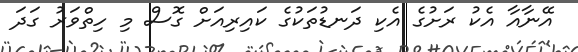
އޭނާއާ އެކު ރަށުގެ އެކި ދަނޑުތަކުގެ ކައިރިއަށް ގޮސް މި ހިތްވަރު ގަދަ